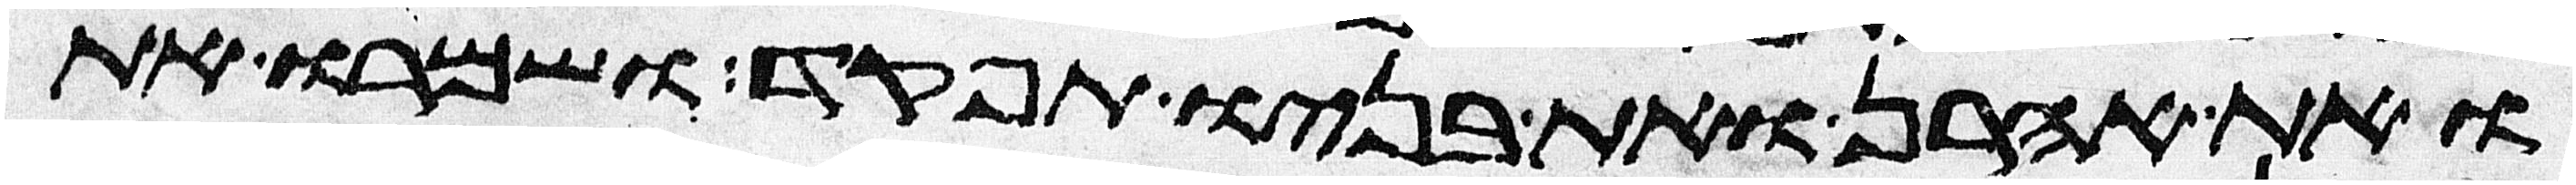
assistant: ואת אהרן ואת בניו תפקד ושמרו את